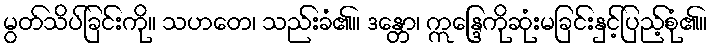
မွတ်သိပ်ခြင်းကို။ သဟတေ၊ သည်းခံ၏။ ဒန္တော၊ ဣန္ဒြေကိုဆုံးမခြင်းနှင့်ပြည့်စုံ၏။